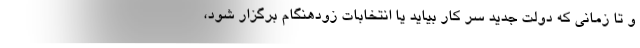
و تا زمانی که دولت جدید سر کار بیاید یا انتخابات زودهنگام برگزار شود،